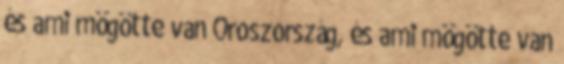
és ami mögötte van Oroszország, és ami mögötte van